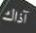
آذاك